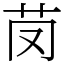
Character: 𦬣